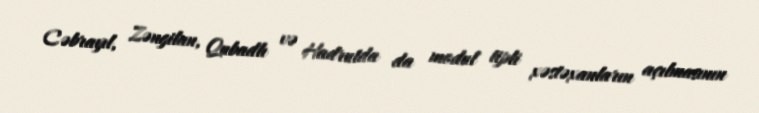
Cəbrayıl, Zəngilan, Qubadlı və Hadrutda da modul tipli xəstəxanların açılmasının